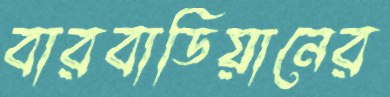
বারবাডিয়ানের